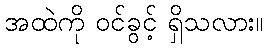
အထဲကို ဝင်ခွင့် ရှိသလား။